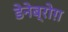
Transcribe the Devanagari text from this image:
डेनेब्रोग़